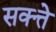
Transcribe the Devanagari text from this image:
सक्त्ते